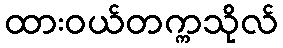
ထားဝယ်တက္ကသိုလ်